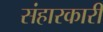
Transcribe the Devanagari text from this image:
संहारकारी